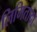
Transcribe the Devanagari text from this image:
लिमितादा